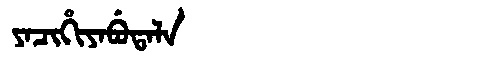
Manchu: ᠶᠠᠴᡳᡥᡳᠶᠠᠪᡠᡨᠠᠯᠠ
Romanization: YACIHIYABUTALA